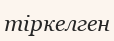
тіркелген